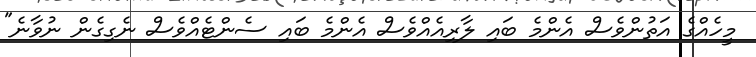
މީހެއްގެ އަތުންވެސް އެންމެ ބައި ލާރިއެއްވެސް އެންމެ ބައި ސެންޓެއްވެސް ނެގިގެން ނުވާނެ"